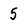
Character: 5